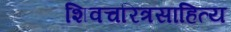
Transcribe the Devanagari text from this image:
शिवचरित्रसाहित्य